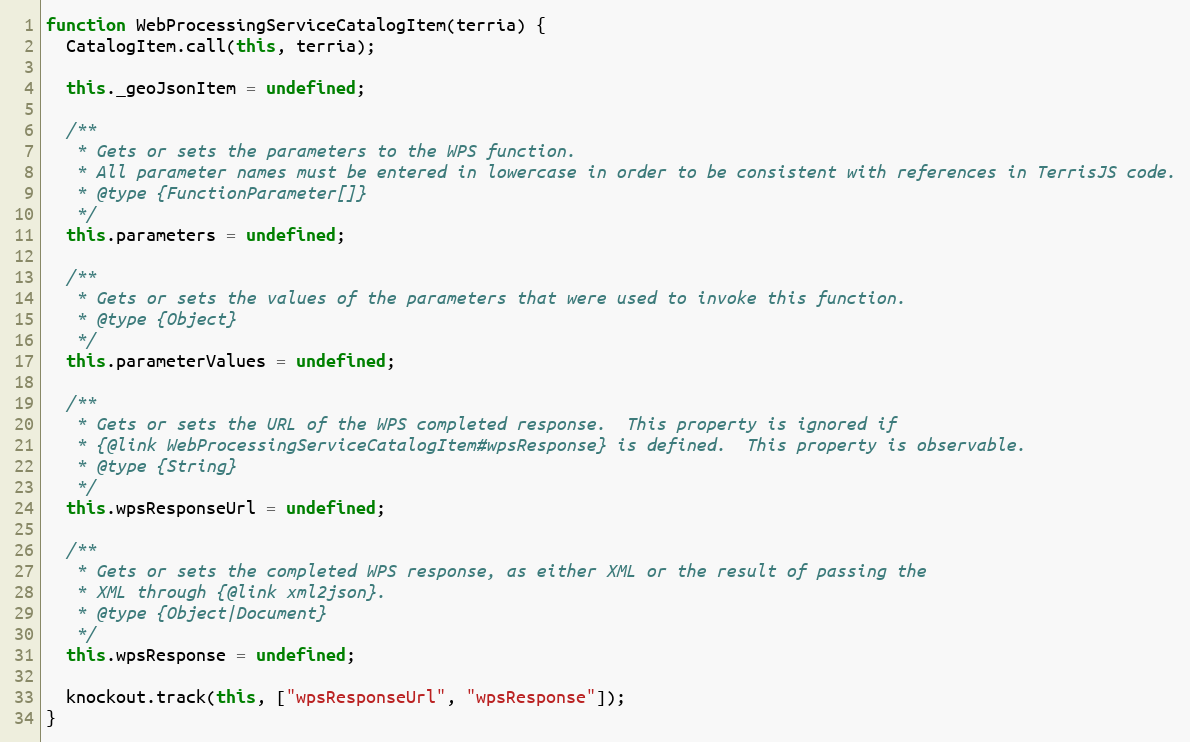
Language: JavaScript
function WebProcessingServiceCatalogItem(terria) {
  CatalogItem.call(this, terria);

  this._geoJsonItem = undefined;

  /**
   * Gets or sets the parameters to the WPS function.
   * All parameter names must be entered in lowercase in order to be consistent with references in TerrisJS code.
   * @type {FunctionParameter[]}
   */
  this.parameters = undefined;

  /**
   * Gets or sets the values of the parameters that were used to invoke this function.
   * @type {Object}
   */
  this.parameterValues = undefined;

  /**
   * Gets or sets the URL of the WPS completed response.  This property is ignored if
   * {@link WebProcessingServiceCatalogItem#wpsResponse} is defined.  This property is observable.
   * @type {String}
   */
  this.wpsResponseUrl = undefined;

  /**
   * Gets or sets the completed WPS response, as either XML or the result of passing the
   * XML through {@link xml2json}.
   * @type {Object|Document}
   */
  this.wpsResponse = undefined;

  knockout.track(this, ["wpsResponseUrl", "wpsResponse"]);
}